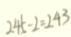
2 4 5 - 2 = 2 4 3